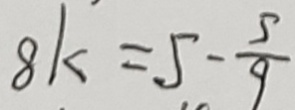
8 k = 5 - \frac { 5 } { 9 }